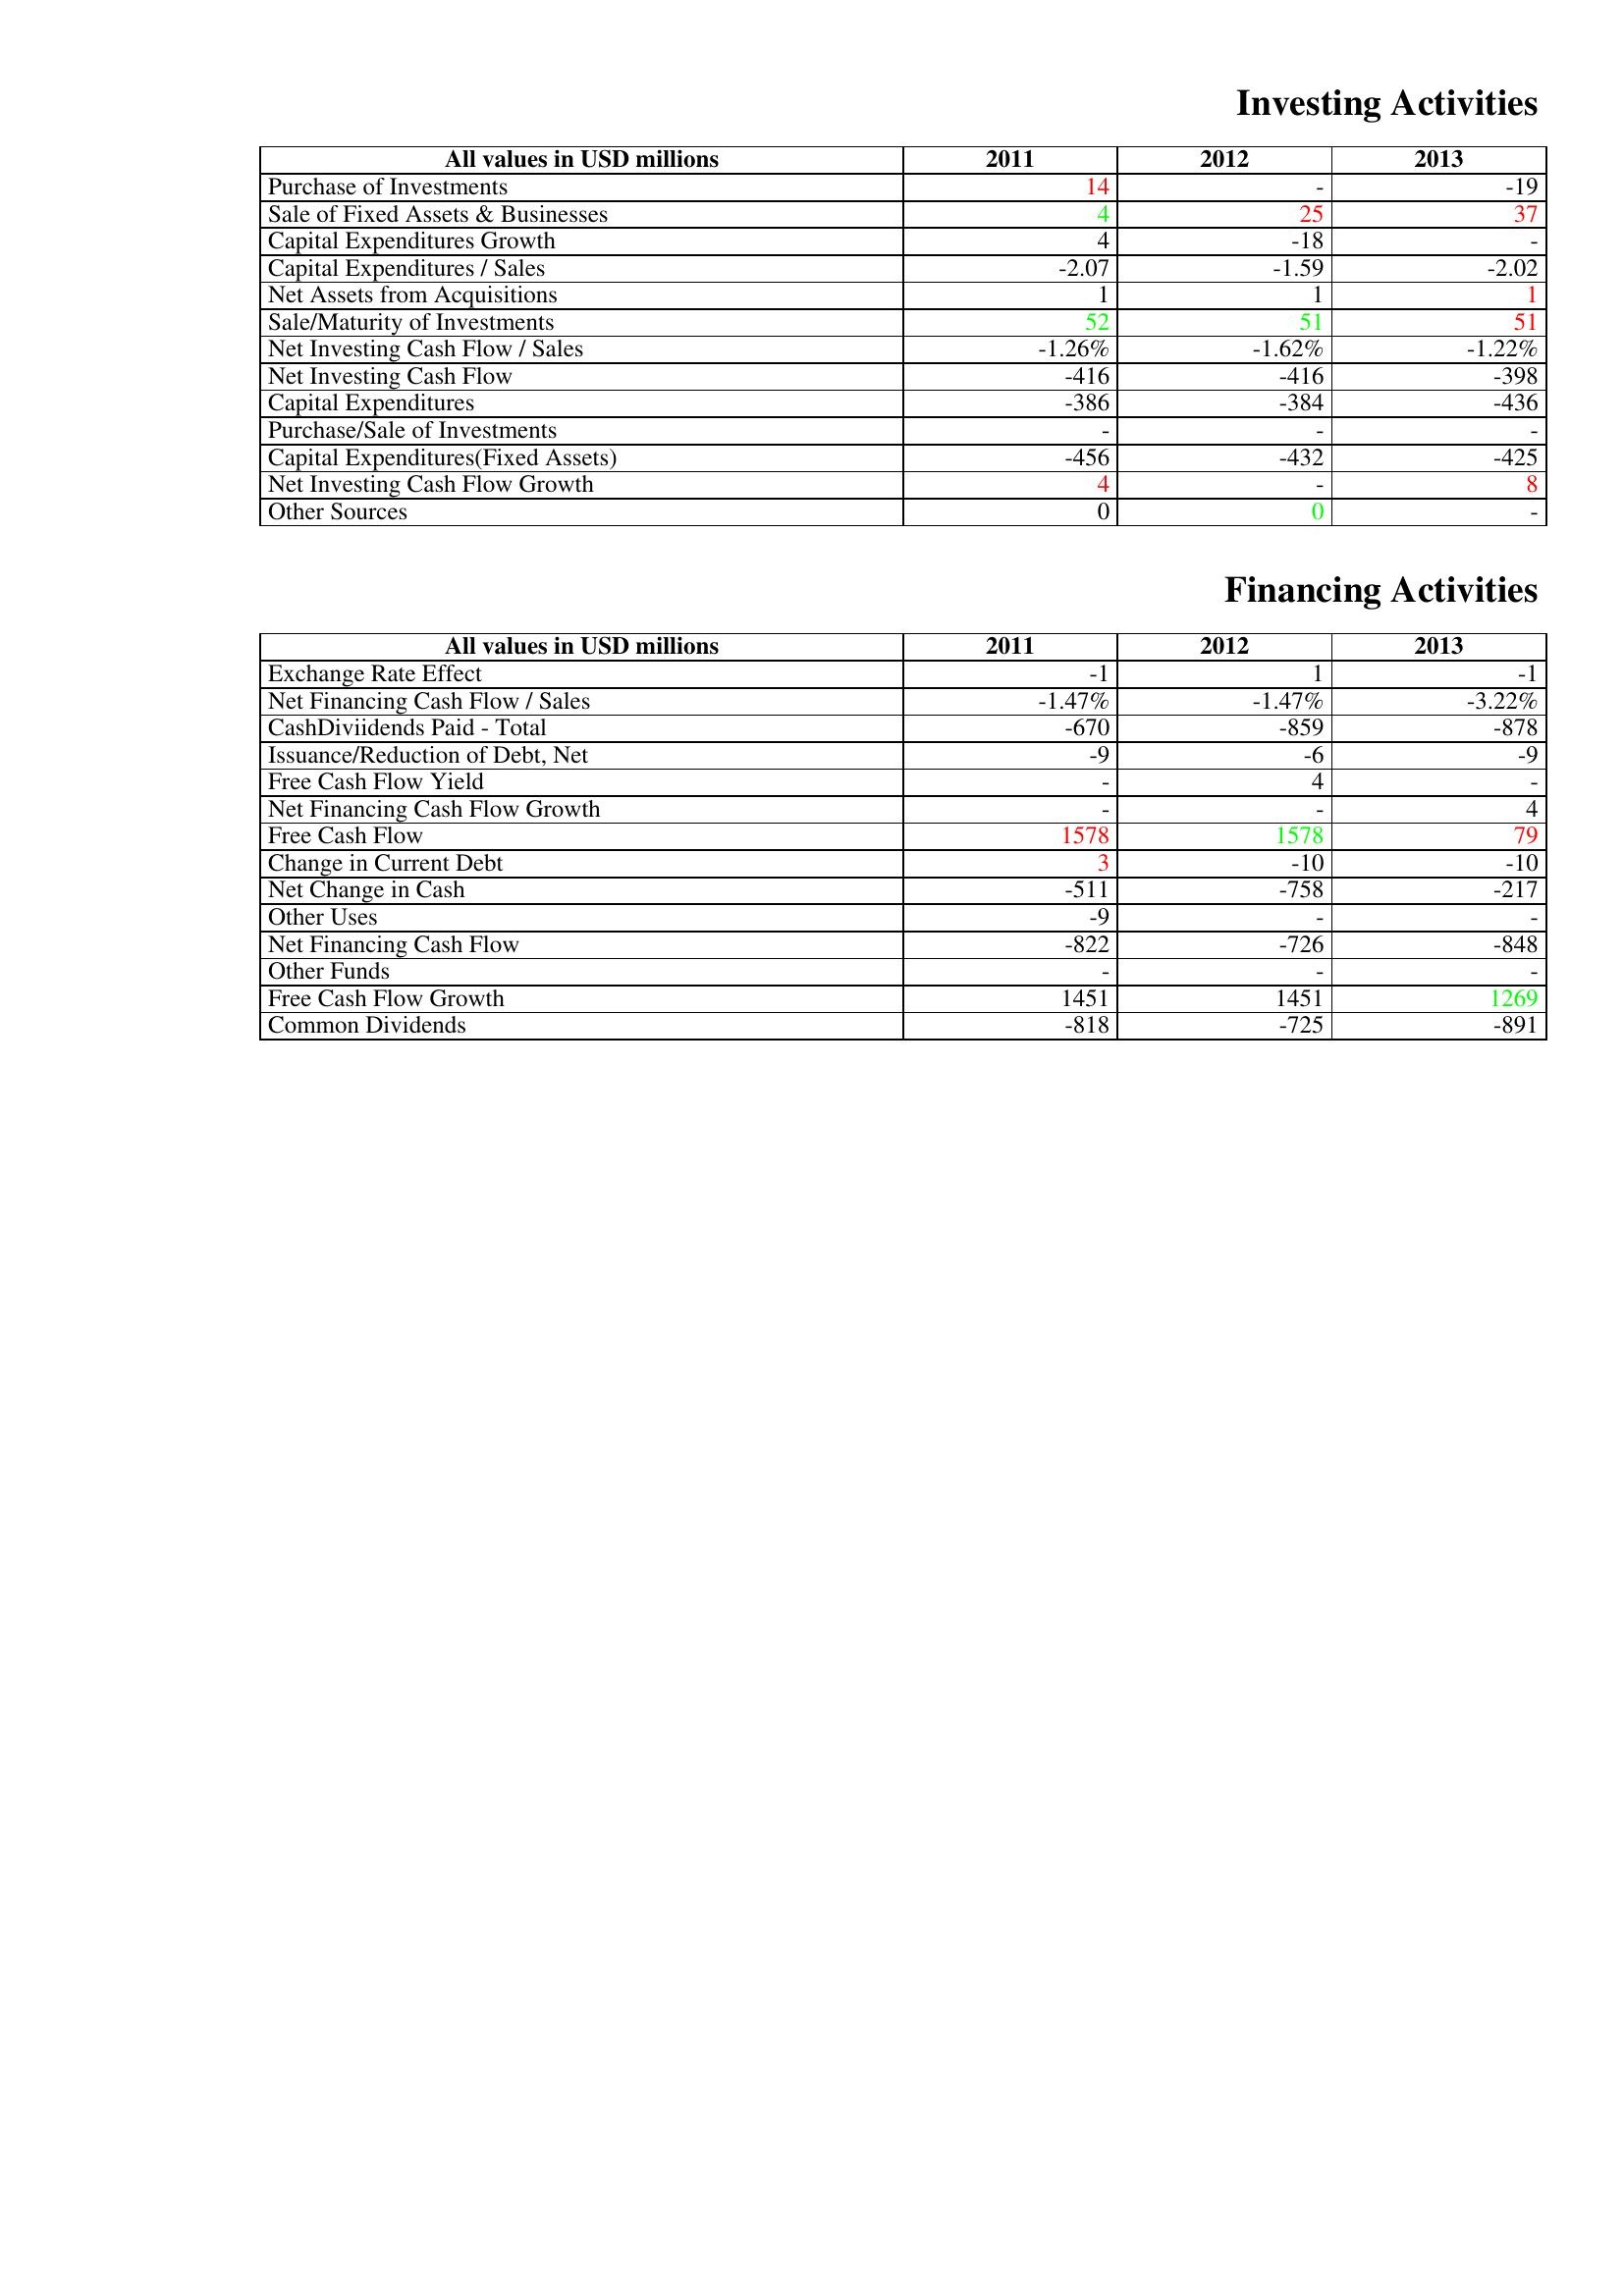
gt_parse: 2011: Investing Activities: Purchase of Investments: 14
Sale of Fixed Assets & Businesses: 4
Capital Expenditures Growth: 4
Capital Expenditures / Sales: -2.07
Net Assets from Acquisitions: 1
Sale/Maturity of Investments: 52
Net Investing Cash Flow / Sales: -1.26%
Net Investing Cash Flow: -416
Capital Expenditures: -386
Purchase/Sale of Investments: -
Capital Expenditures(Fixed Assets): -456
Net Investing Cash Flow Growth: 4
Other Sources: 0
Financing Activities: Exchange Rate Effect: -1
Net Financing Cash Flow / Sales: -1.47%
CashDiviidends Paid - Total: -670
Issuance/Reduction of Debt, Net: -9
Free Cash Flow Yield: -
Net Financing Cash Flow Growth: -
Free Cash Flow: 1578
Change in Current Debt: 3
Net Change in Cash: -511
Other Uses: -9
Net Financing Cash Flow: -822
Other Funds: -
Free Cash Flow Growth: 1451
Common Dividends: -818
2012: Investing Activities: Purchase of Investments: -
Sale of Fixed Assets & Businesses: 25
Capital Expenditures Growth: -18
Capital Expenditures / Sales: -1.59
Net Assets from Acquisitions: 1
Sale/Maturity of Investments: 51
Net Investing Cash Flow / Sales: -1.62%
Net Investing Cash Flow: -416
Capital Expenditures: -384
Purchase/Sale of Investments: -
Capital Expenditures(Fixed Assets): -432
Net Investing Cash Flow Growth: -
Other Sources: 0
Financing Activities: Exchange Rate Effect: 1
Net Financing Cash Flow / Sales: -1.47%
CashDiviidends Paid - Total: -859
Issuance/Reduction of Debt, Net: -6
Free Cash Flow Yield: 4
Net Financing Cash Flow Growth: -
Free Cash Flow: 1578
Change in Current Debt: -10
Net Change in Cash: -758
Other Uses: -
Net Financing Cash Flow: -726
Other Funds: -
Free Cash Flow Growth: 1451
Common Dividends: -725
2013: Investing Activities: Purchase of Investments: -19
Sale of Fixed Assets & Businesses: 37
Capital Expenditures Growth: -
Capital Expenditures / Sales: -2.02
Net Assets from Acquisitions: 1
Sale/Maturity of Investments: 51
Net Investing Cash Flow / Sales: -1.22%
Net Investing Cash Flow: -398
Capital Expenditures: -436
Purchase/Sale of Investments: -
Capital Expenditures(Fixed Assets): -425
Net Investing Cash Flow Growth: 8
Other Sources: -
Financing Activities: Exchange Rate Effect: -1
Net Financing Cash Flow / Sales: -3.22%
CashDiviidends Paid - Total: -878
Issuance/Reduction of Debt, Net: -9
Free Cash Flow Yield: -
Net Financing Cash Flow Growth: 4
Free Cash Flow: 79
Change in Current Debt: -10
Net Change in Cash: -217
Other Uses: -
Net Financing Cash Flow: -848
Other Funds: -
Free Cash Flow Growth: 1269
Common Dividends: -891